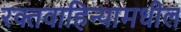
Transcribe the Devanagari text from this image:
रक्तवाहिन्यामधील